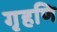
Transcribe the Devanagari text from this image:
गृहणि